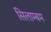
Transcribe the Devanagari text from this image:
सिलाम्बम